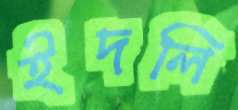
ইদলি